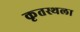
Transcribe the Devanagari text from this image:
कृतस्थला